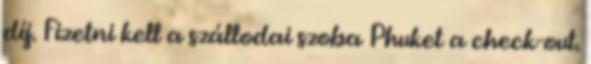
díj. Fizetni kell a szállodai szoba Phuket a check-out.